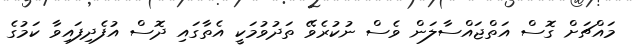
މައްޗަށް ގޮސް އަތްޖައްސާލަން ވެސް ނުކުރެވޭ ތަދުވުމަކީ އެތާގައި ދޮސް އުފެދިފައިވާ ކަމުގެ